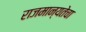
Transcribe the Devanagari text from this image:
राजमान्यतेचा